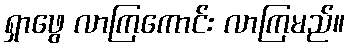
ရှာဖွေ လာကြကောင်း လာကြမည်။